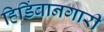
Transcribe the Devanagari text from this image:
हिडिंबानगारी